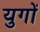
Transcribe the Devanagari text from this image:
युगाें